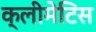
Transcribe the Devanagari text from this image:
क्लीमेटिस